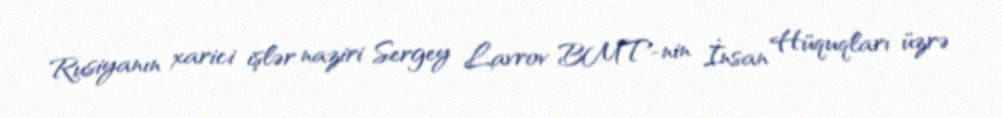
Rusiyanın xarici işlər naziri Sergey Lavrov BMT-nin İnsan Hüquqları üzrə